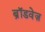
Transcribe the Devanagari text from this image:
ब्रॉडवेज़